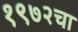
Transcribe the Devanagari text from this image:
१९७२चा